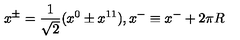
x ^ { \pm } = \frac { 1 } { \sqrt { 2 } } ( x ^ { 0 } \pm x ^ { 1 1 } ) , x ^ { - } \equiv x ^ { - } + 2 \pi R